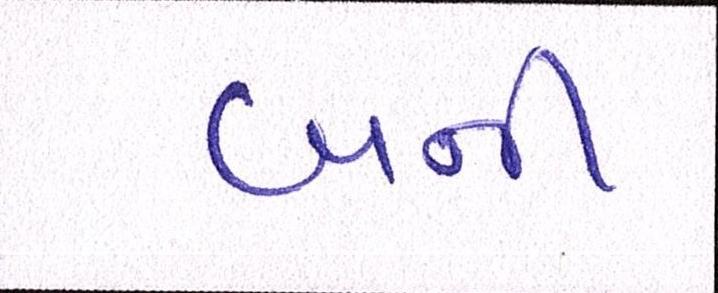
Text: બની